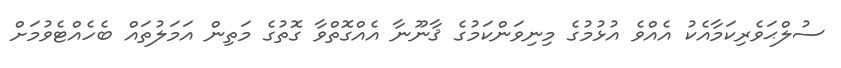
ސުލްޙަވެރިކަމާއެކު އެއްވެ އުޅުމުގެ މިނިވަންކަމުގެ ޤާނޫނާ އެއްގޮތްވާ ގޮތުގެ މަތިން އަމަލުތައް ބެހެއްޓެވުމަށް